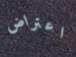
اعتراض